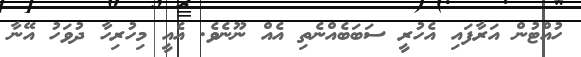
ހުއްޓުން އަރާފައި އެހުރީ ސަބަބެއްނެތި އެއް ނޫނެވެ. އެއީ މިހުރިހާ ދުވަހު އޭނާ